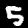
Label: 5